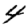
Digit: 4